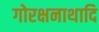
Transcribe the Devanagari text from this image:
गोरक्षनाथादि